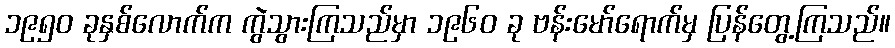
၁၉၅၀ ခုနှစ်လောက်က ကွဲသွားကြသည်မှာ ၁၉၆၀ ခု ဗန်းမော်ရောက်မှ ပြန်တွေ့ကြသည်။